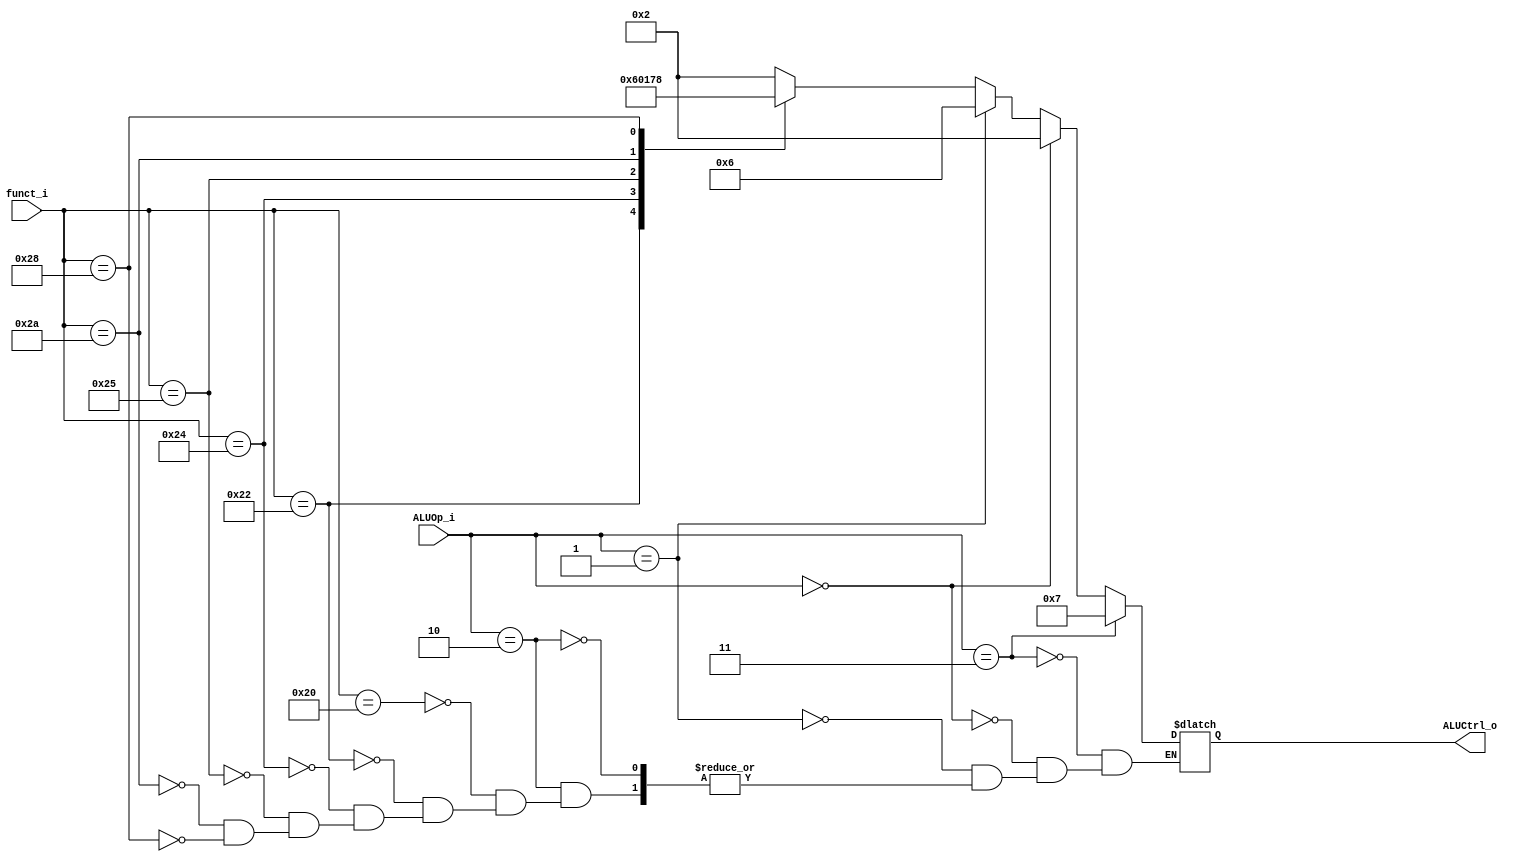
//Subject:     CO project 2 - ALU Controller
//--------------------------------------------------------------------------------
//Version:     1
//--------------------------------------------------------------------------------
//Writer:      0516215 ???
//----------------------------------------------
//Date:        
//----------------------------------------------
//Description: 
//--------------------------------------------------------------------------------

module ALU_Ctrl(
          funct_i,
          ALUOp_i,
          ALUCtrl_o
          );
          
//I/O ports 
input      [6-1:0] funct_i;
input      [3-1:0] ALUOp_i;

output     [4-1:0] ALUCtrl_o;    
     
//Internal Signals
reg        [4-1:0] ALUCtrl_o;

//Parameter

       
//Select exact operation
always @(funct_i, ALUOp_i)begin
    if(ALUOp_i == 2'b11)      ALUCtrl_o <= 4'b0111;
    else if(ALUOp_i == 2'b00) ALUCtrl_o <= 4'b0010;
    else if(ALUOp_i == 2'b01) ALUCtrl_o <= 4'b0110;
    else if(ALUOp_i == 2'b10) begin
        case (funct_i)
            6'b100000: ALUCtrl_o <= 4'b0010;   //add
            6'b100010: ALUCtrl_o <= 4'b0110;   //sub
            6'b100100: ALUCtrl_o <= 4'b0000;   //and
            6'b100101: ALUCtrl_o <= 4'b0001;   //or
            6'b101010: ALUCtrl_o <= 4'b0111;   //slt
            6'b101000: ALUCtrl_o <= 4'b1000;   //mult
        endcase
    end


    /*
	ALUCtrl_o[3] <= 0;
    ALUCtrl_o[2] <= (ALUOp_i[1]&funct_i[1]) | (ALUOp_i[0]);
	ALUCtrl_o[1] <= (ALUOp_i[1]&ALUOp_i[0]) | (~ALUOp_i[1]) | (~funct_i[2]);
	ALUCtrl_o[0] <= (ALUOp_i[1]&ALUOp_i[0]) | (ALUOp_i[1]&(~ALUOp_i[0])&(funct_i[3]|funct_i[0]));
    */
end
endmodule